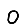
Digit: 0